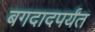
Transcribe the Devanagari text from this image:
बगदादपर्यंत